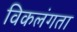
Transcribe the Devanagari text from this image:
विकलंगता